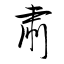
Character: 肅